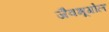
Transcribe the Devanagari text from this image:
जैवभूगोल